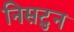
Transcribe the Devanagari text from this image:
निसटुन